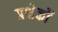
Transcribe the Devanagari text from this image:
प्रक्षेकों